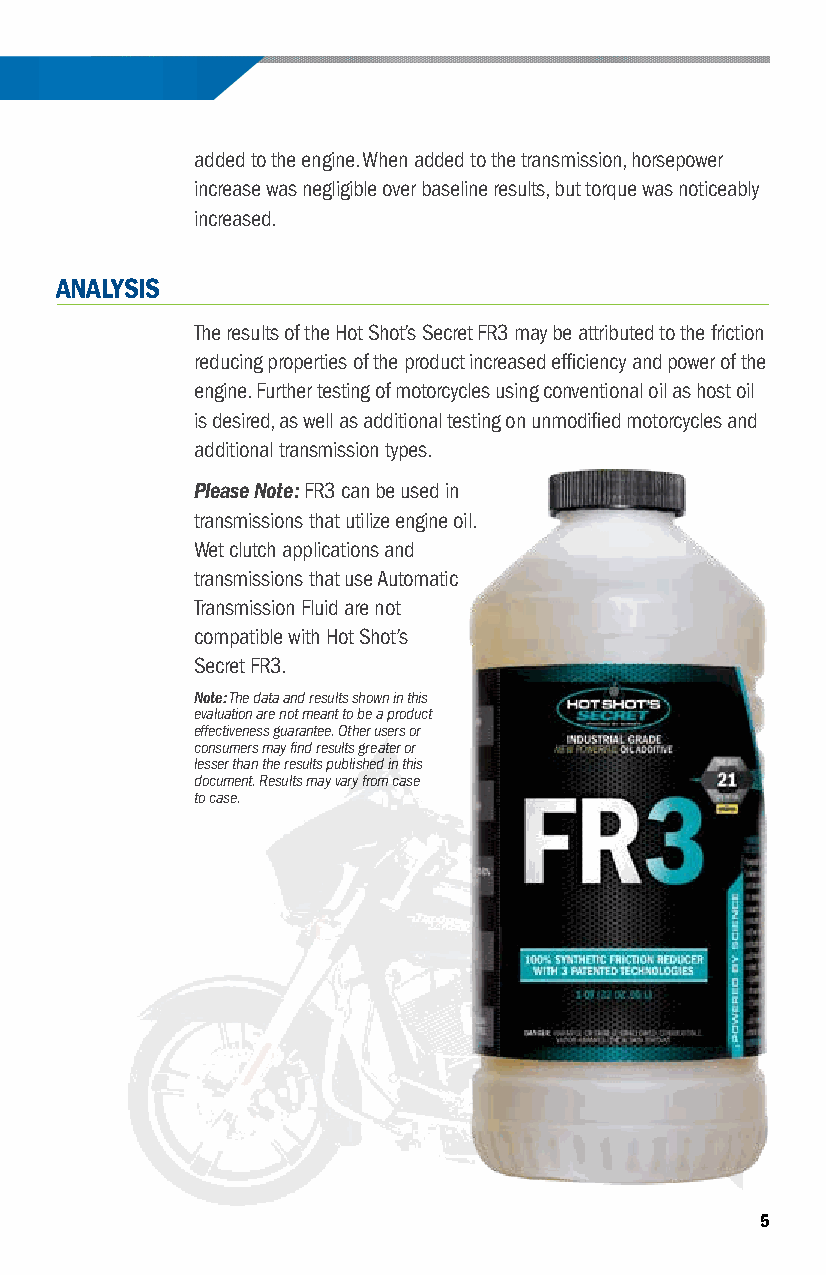
CASE STUDY | INCREASING HORSEPOWER & TORQUE — FR3 FRICTION REDUCER
 added to the engine . When added to the transmission, horsepower
 increase was negligible over baseline results, but torque was noticeably
 increased .
 ANALYSIS
 The results of the Hot Shot’s Secret FR3 may be attributed to the friction
 reducing properties of the product increased efficiency and power of the
 engine . Further testing of motorcycles using conventional oil as host oil
 is desired, as well as additional testing on unmodified motorcycles and
 additional transmission types .
 Please Note: FR3 can be used in
 transmissions that utilize engine oil .
 Wet clutch applications and
 transmissions that use Automatic
 Transmission Fluid are not
 compatible with Hot Shot’s
 Secret FR3 .
 Note: The data and results shown in this
 evaluation are not meant to be a product
 effectiveness guarantee. Other users or
 consumers may find results greater or
 lesser than the results published in this
 document. Results may vary from case
 to case.
 5